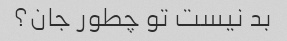
بد نیست تو چطور جان؟